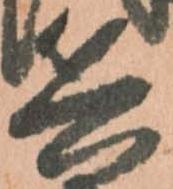
兵